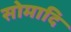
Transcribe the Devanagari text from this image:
सोमादि